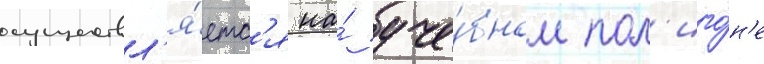
осуществл'я́етс'я на́ уче́бном пол'иго́н'е